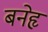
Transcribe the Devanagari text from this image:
बनेहृ